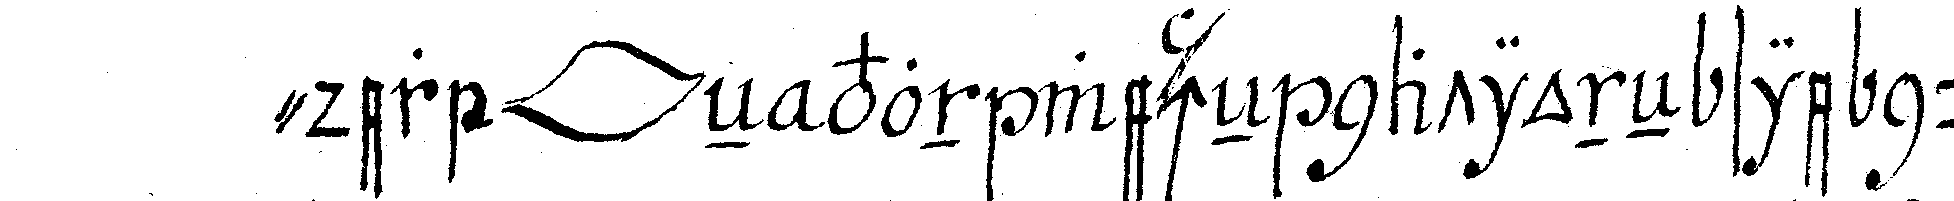
" der *lip* eN von welcheN nationeN sie nur